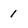
Character: 1